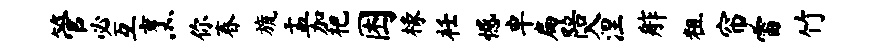
管必互烹你春旒盂加杷困椽衽憾卓扁陪入涅舴粗帘雷竹